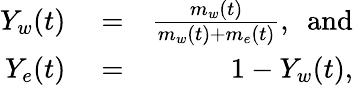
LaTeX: \begin{array}{rlr}{Y_{w}(t)}&{{}=}&{{\frac{m_{w}(t)}{m_{w}(t)+m_{e}(t)}},~~\mathrm{and}}\\ {Y_{e}(t)}&{{}=}&{1-Y_{w}(t),}\end{array}